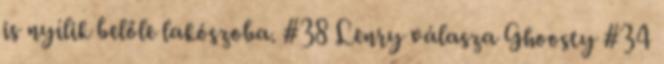
is nyílik belőle lakószoba. #38 Lenry válasza Ghoosty #34